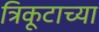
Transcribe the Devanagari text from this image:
त्रिकूटाच्या